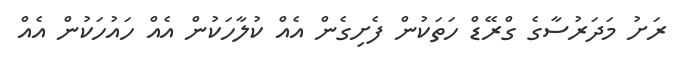
ރަށު މަދަރުސާގެ ގްރޭޑް ހަތަކުން ފެށިގެން އެއް ކުލާހަކުން އެއް ހައުހަކުން އެއް